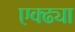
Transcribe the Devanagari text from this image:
एक्ढ्या